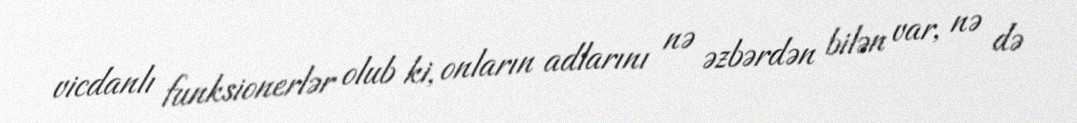
vicdanlı funksionerlər olub ki, onların adlarını nə əzbərdən bilən var, nə də